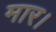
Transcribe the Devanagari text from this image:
मार।